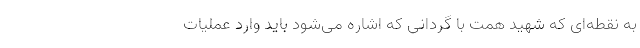
به نقطه‌ای که شهید همت با گردانی که اشاره می‌شود باید وارد عملیات